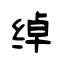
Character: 绰